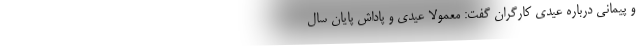
و پیمانی درباره عیدی کارگران گفت: معمولاً عیدی و پاداش پایان سال